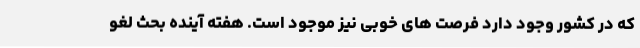
که در کشور وجود دارد فرصت های خوبی نیز موجود است. هفته آینده بحث لغو